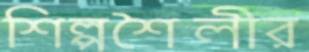
শিল্পশৈলীর